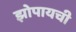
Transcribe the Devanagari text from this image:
झोपायची